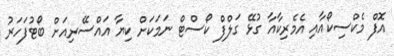
އޮފް މެކްސިކޯއާއި އެމެރިކާއާ ގުޅޭ ގަލްފް ކޯސްޓް ނަމަކަށް ކިޔާ އައްސޭރިއަށް ބޯޓުފަހަރު